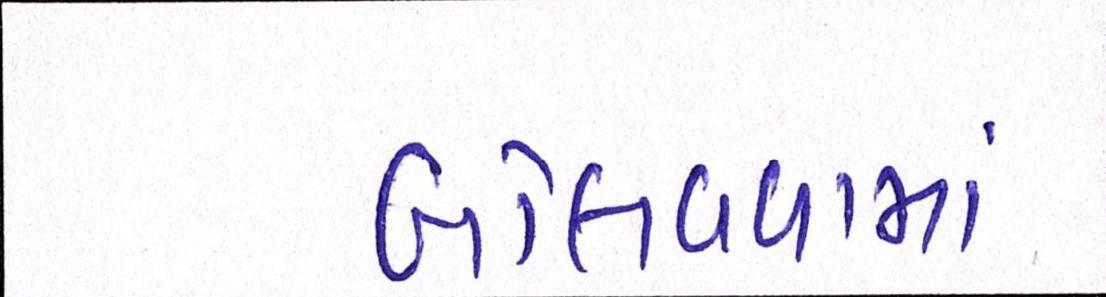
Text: બોલાવવામાં